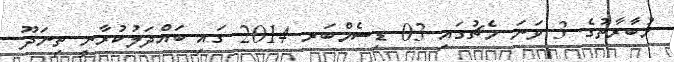
މުބާރާތުގެ 3 ވަނަ މެޗުގައި 03 ޑިސެމްބަރ 2014 ގައި ބައްދަލުކުރާނީ ތިނަދޫ